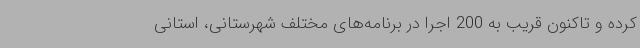
کرده و تاکنون قریب به 200 اجرا در برنامه‌های مختلف شهرستانی، استانی